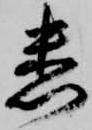
悉